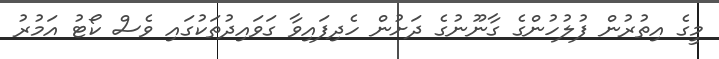
މީގެ އިތުރުން ފުލުހުންގެ ގާނޫނުގެ ދަށުން ހެދިފައިވާ ގަވައިދުތަކުގައި ވެސް ކޯޓު އަމުރު